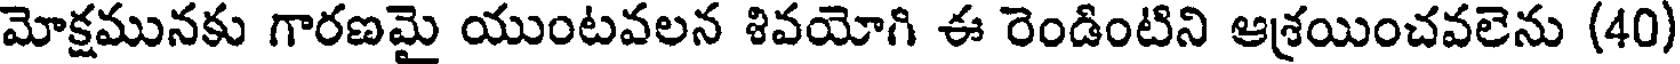
మోక్షమునకు గారణమై యుంటవలన శివయోగి ఈ రెండింటిని ఆశ్రయించవలెను (40)